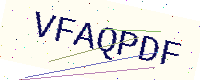
Text: VFAQPDF